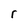
Character: r